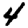
Digit: 4